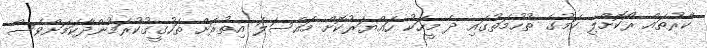
ކާރުތައް ރޯކޮށްލި ކަމުގެ ތުހުމަތުގައި ދެ މީހަކު ހައްޔަރުކޮށް މައްސަލަ އިތުރަށް ތަހުގީގުކުރަމުންދާކަމަށްވެސް